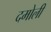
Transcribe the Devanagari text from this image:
दमोली